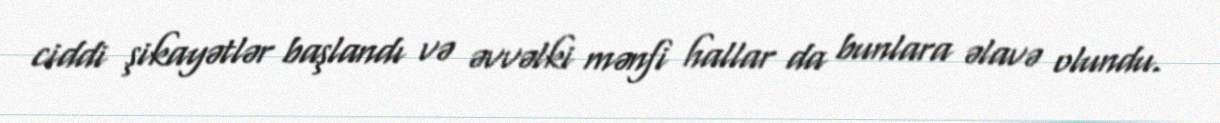
ciddi şikayətlər başlandı və əvvəlki mənfi hallar da bunlara əlavə olundu.